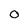
Character: O